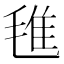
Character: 㲝